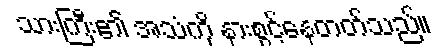
သားကြီး၏ အသံကို နားစွင့်နေတတ်သည်။